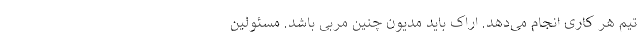
تیم هر کاری انجام می‌دهد. اراک باید مدیون چنین مربی باشد. مسئولین